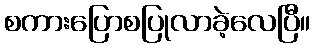
စကားပြောစပြုလာခဲ့လေပြီ။